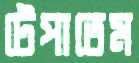
টেপাতেম